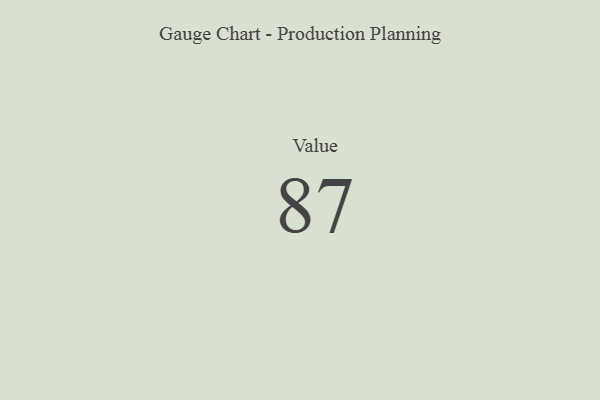
{"axis": {"x": "Metric", "y": "Value"}, "legend": [""], "data": [{"x": "Value", "y": 87, "type": ""}]}